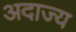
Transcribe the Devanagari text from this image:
अदाज्य